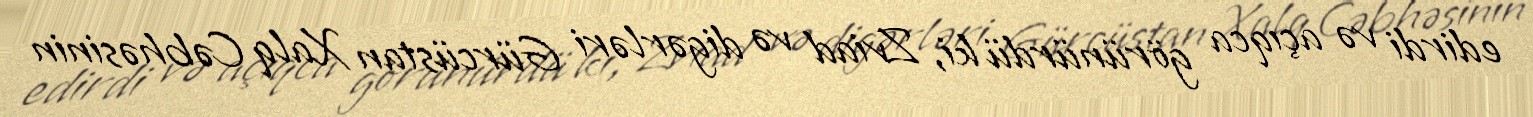
edirdi və açıqca görünürdü ki, Zviad və digərləri Gürcüstan Xalq Cəbhəsinin